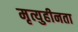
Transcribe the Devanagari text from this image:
मृत्युहीनता